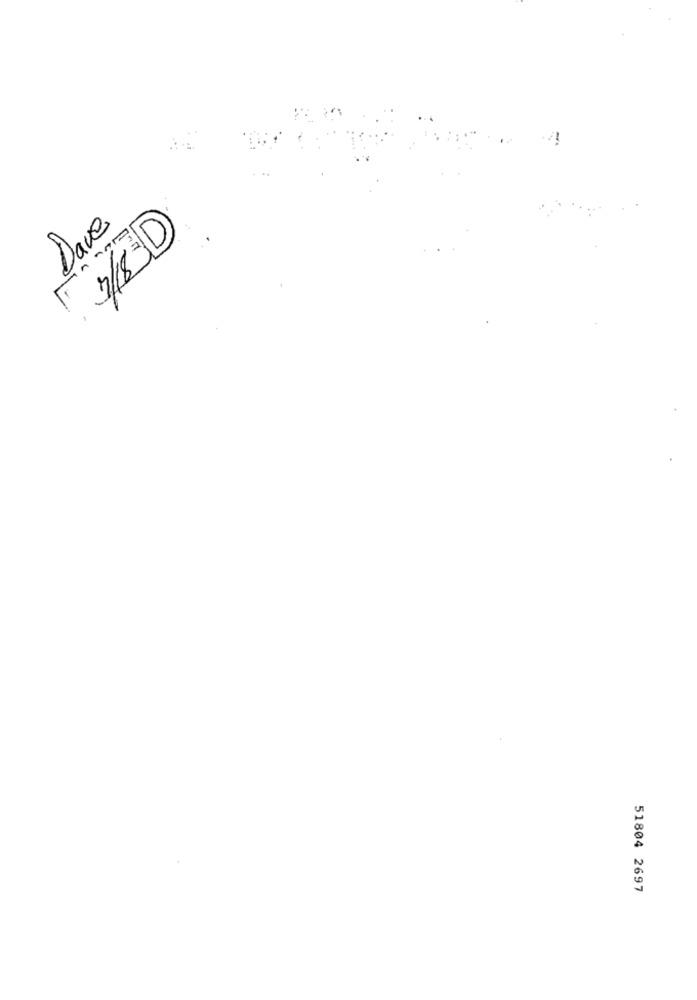
Dave
3/8 D
51804 2697